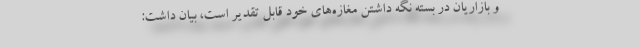
و بازاریان در بسته نگه داشتن مغازه‌های خود قابل تقدیر است، بیان داشت: